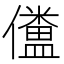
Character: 𠐹